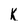
Character: K